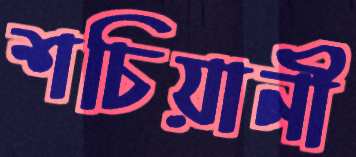
শচিয়ানী